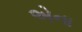
એના